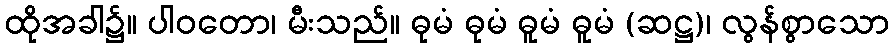
ထိုအခါ၌။ ပါဝတော၊ မီးသည်။ ဓုမံ ဓုမံ ဓူမံ ဓူမံ (ဆဋ္ဌ)၊ လွန်စွာသော